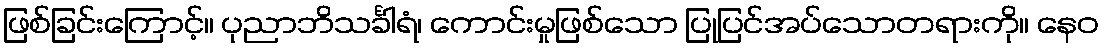
ဖြစ်ခြင်းကြောင့်။ ပုညာဘိသင်္ခါရံ၊ ကောင်းမှုဖြစ်သော ပြုပြင်အပ်သောတရားကို။ နေဝ